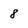
Character: 8